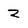
Character: z